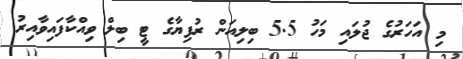
މި އަހަރުގެ ޖުލައި މަހު 5.5 ބިލިއަން ރުފިޔާގެ ޓީ ބިލް ވިއްކާފައިވާއިރު